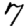
Digit: 7